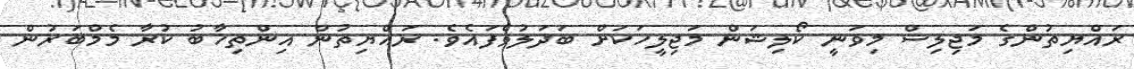
ރައްޔިތުންގެ މަޖިލިސް މިވަނީ ކޯލިޝަން މަޖިލީހަކަށް ބަދަލުވެފައެވެ. ރައްޔިތުން އިންތިޚާބު ކުރާ މެމްބަރުން